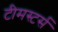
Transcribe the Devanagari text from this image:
टीमस्टर्स